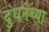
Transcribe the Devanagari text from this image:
दुधनेच्या